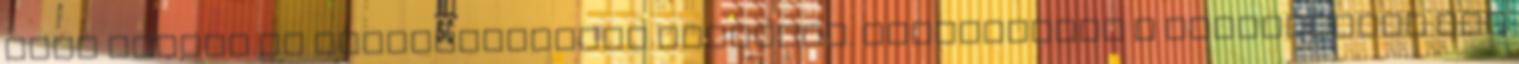
unom ezeket az visszatekintős részeket. Szerencsére a Survivorban egy